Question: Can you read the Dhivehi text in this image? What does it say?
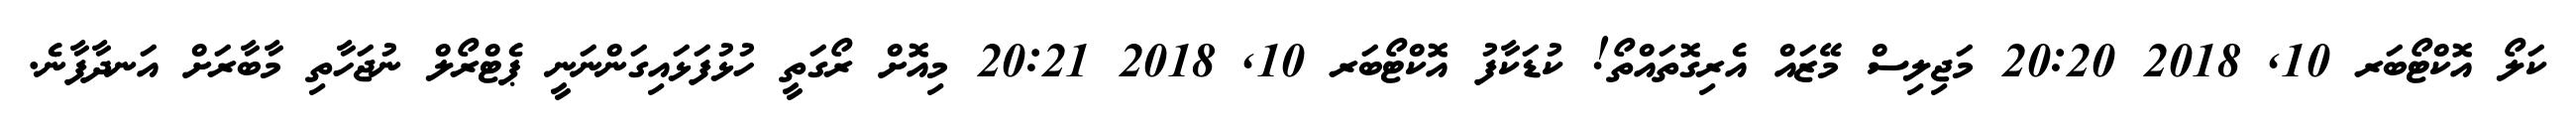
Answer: ކަލޯ އޮކްޓޯބަރ 10, 2018 20:20 މަޖިލިސް މޭޒައް އެރިގޮތައްތޯ! ކުޑަކާފު އޮކްޓޯބަރ 10, 2018 20:21 މިއޮށް ރޯގަތީ ހުޅުފަޅައިގަންނަނީ ޕެޓްރޯލް ނުޖަހާތި މާބާރަށް އަނދާފާނެ.